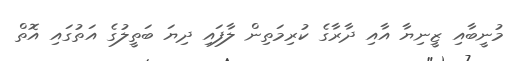
މުނީބާއި ޒީނިޔާ އާއި ދާރާގެ ކުރިމަތިން ލާފައި ދިޔަ ބަތީލުގެ އަތުގައި އޮތް